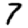
Digit: 7